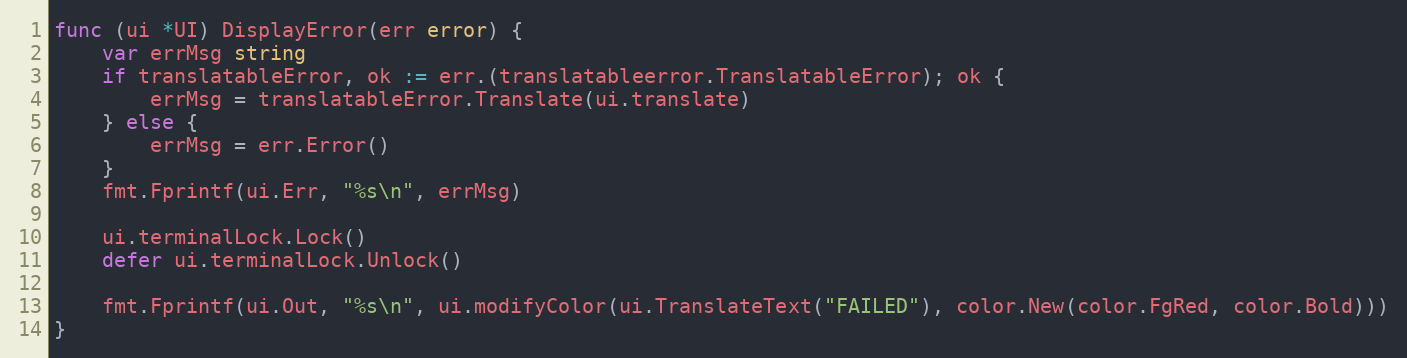
Language: Go
func (ui *UI) DisplayError(err error) {
	var errMsg string
	if translatableError, ok := err.(translatableerror.TranslatableError); ok {
		errMsg = translatableError.Translate(ui.translate)
	} else {
		errMsg = err.Error()
	}
	fmt.Fprintf(ui.Err, "%s\n", errMsg)

	ui.terminalLock.Lock()
	defer ui.terminalLock.Unlock()

	fmt.Fprintf(ui.Out, "%s\n", ui.modifyColor(ui.TranslateText("FAILED"), color.New(color.FgRed, color.Bold)))
}